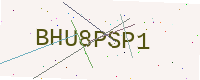
Text: BHU8PSP1